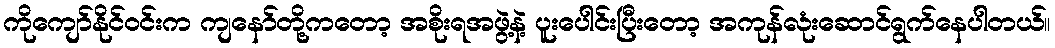
ကိုကျော်နိုင်ဝင်းက ကျနော်တို့ကတော့ အစိုးရအဖွဲ့နဲ့ ပူးပေါင်းပြီးတော့ အကုန်လုံးဆောင်ရွက်နေပါတယ်။